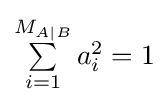
{\textstyle \sum \limits _{i=1}^{M_{A|B}}a_{i}^{2}=1}